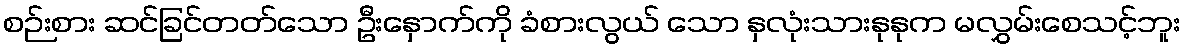
စဉ်းစား ဆင်ခြင်တတ်သော ဦးနှောက်ကို ခံစားလွယ် သော နှလုံးသားနုနုက မလွှမ်းစေသင့်ဘူး